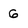
Character: 6